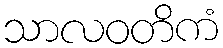
သာလဝတိကံ